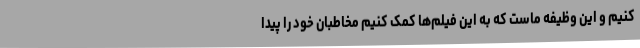
کنیم و این وظیفه ماست که به این فیلم‌ها کمک کنیم مخاطبان خود را پیدا